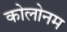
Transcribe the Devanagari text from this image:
कोलोनम